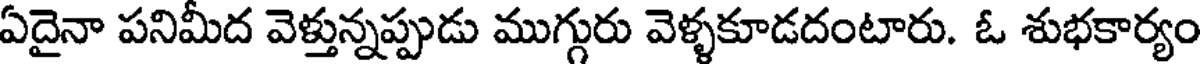
ఏదైనా పనిమీద వెళ్తున్నప్పుడు ముగ్గురు వెళ్ళకూడదంటారు. ఓ శుభకార్యం